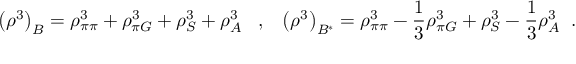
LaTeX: \left( \rho ^ { 3 } \right) _ { B } = \rho _ { \pi \pi } ^ { 3 } + \rho _ { \pi G } ^ { 3 } + \rho _ { S } ^ { 3 } + \rho _ { A } ^ { 3 } \; \; \; , \; \; \; \left( \rho ^ { 3 } \right) _ { B ^ { * } } = \rho _ { \pi \pi } ^ { 3 } - \frac { 1 } { 3 } \rho _ { \pi G } ^ { 3 } + \rho _ { S } ^ { 3 } - \frac { 1 } { 3 } \rho _ { A } ^ { 3 } \; \; .